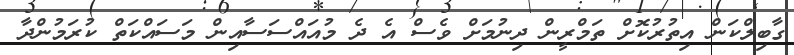
ގާބިލްކަން އިތުރުކޮށް ތަމްރީން ދިނުމަށް ވެސް އެ ދެ މުއައްސަސާއިން މަސައްކަތް ކުރަމުންދާ